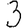
Digit: 3